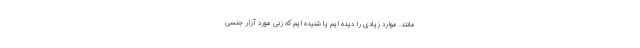
مانند. موارد زیادی را دیده ایم یا شنیده ایم که زنی مورد آزار جنسی